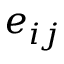
e _ { i j }